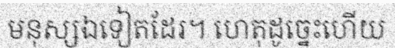
មនុស្សឯទៀតដែរ។ ហេតុដូច្នេះហើយ